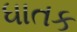
ધાતક